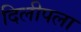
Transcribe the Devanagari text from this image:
दिलीपला